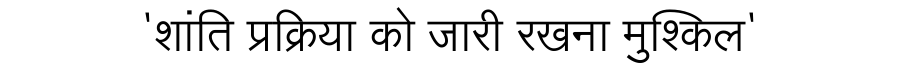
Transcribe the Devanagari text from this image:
'शांति प्रक्रिया को जारी रखना मुश्किल'